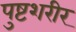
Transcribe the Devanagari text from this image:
पुष्टशरीर